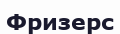
Фризерс